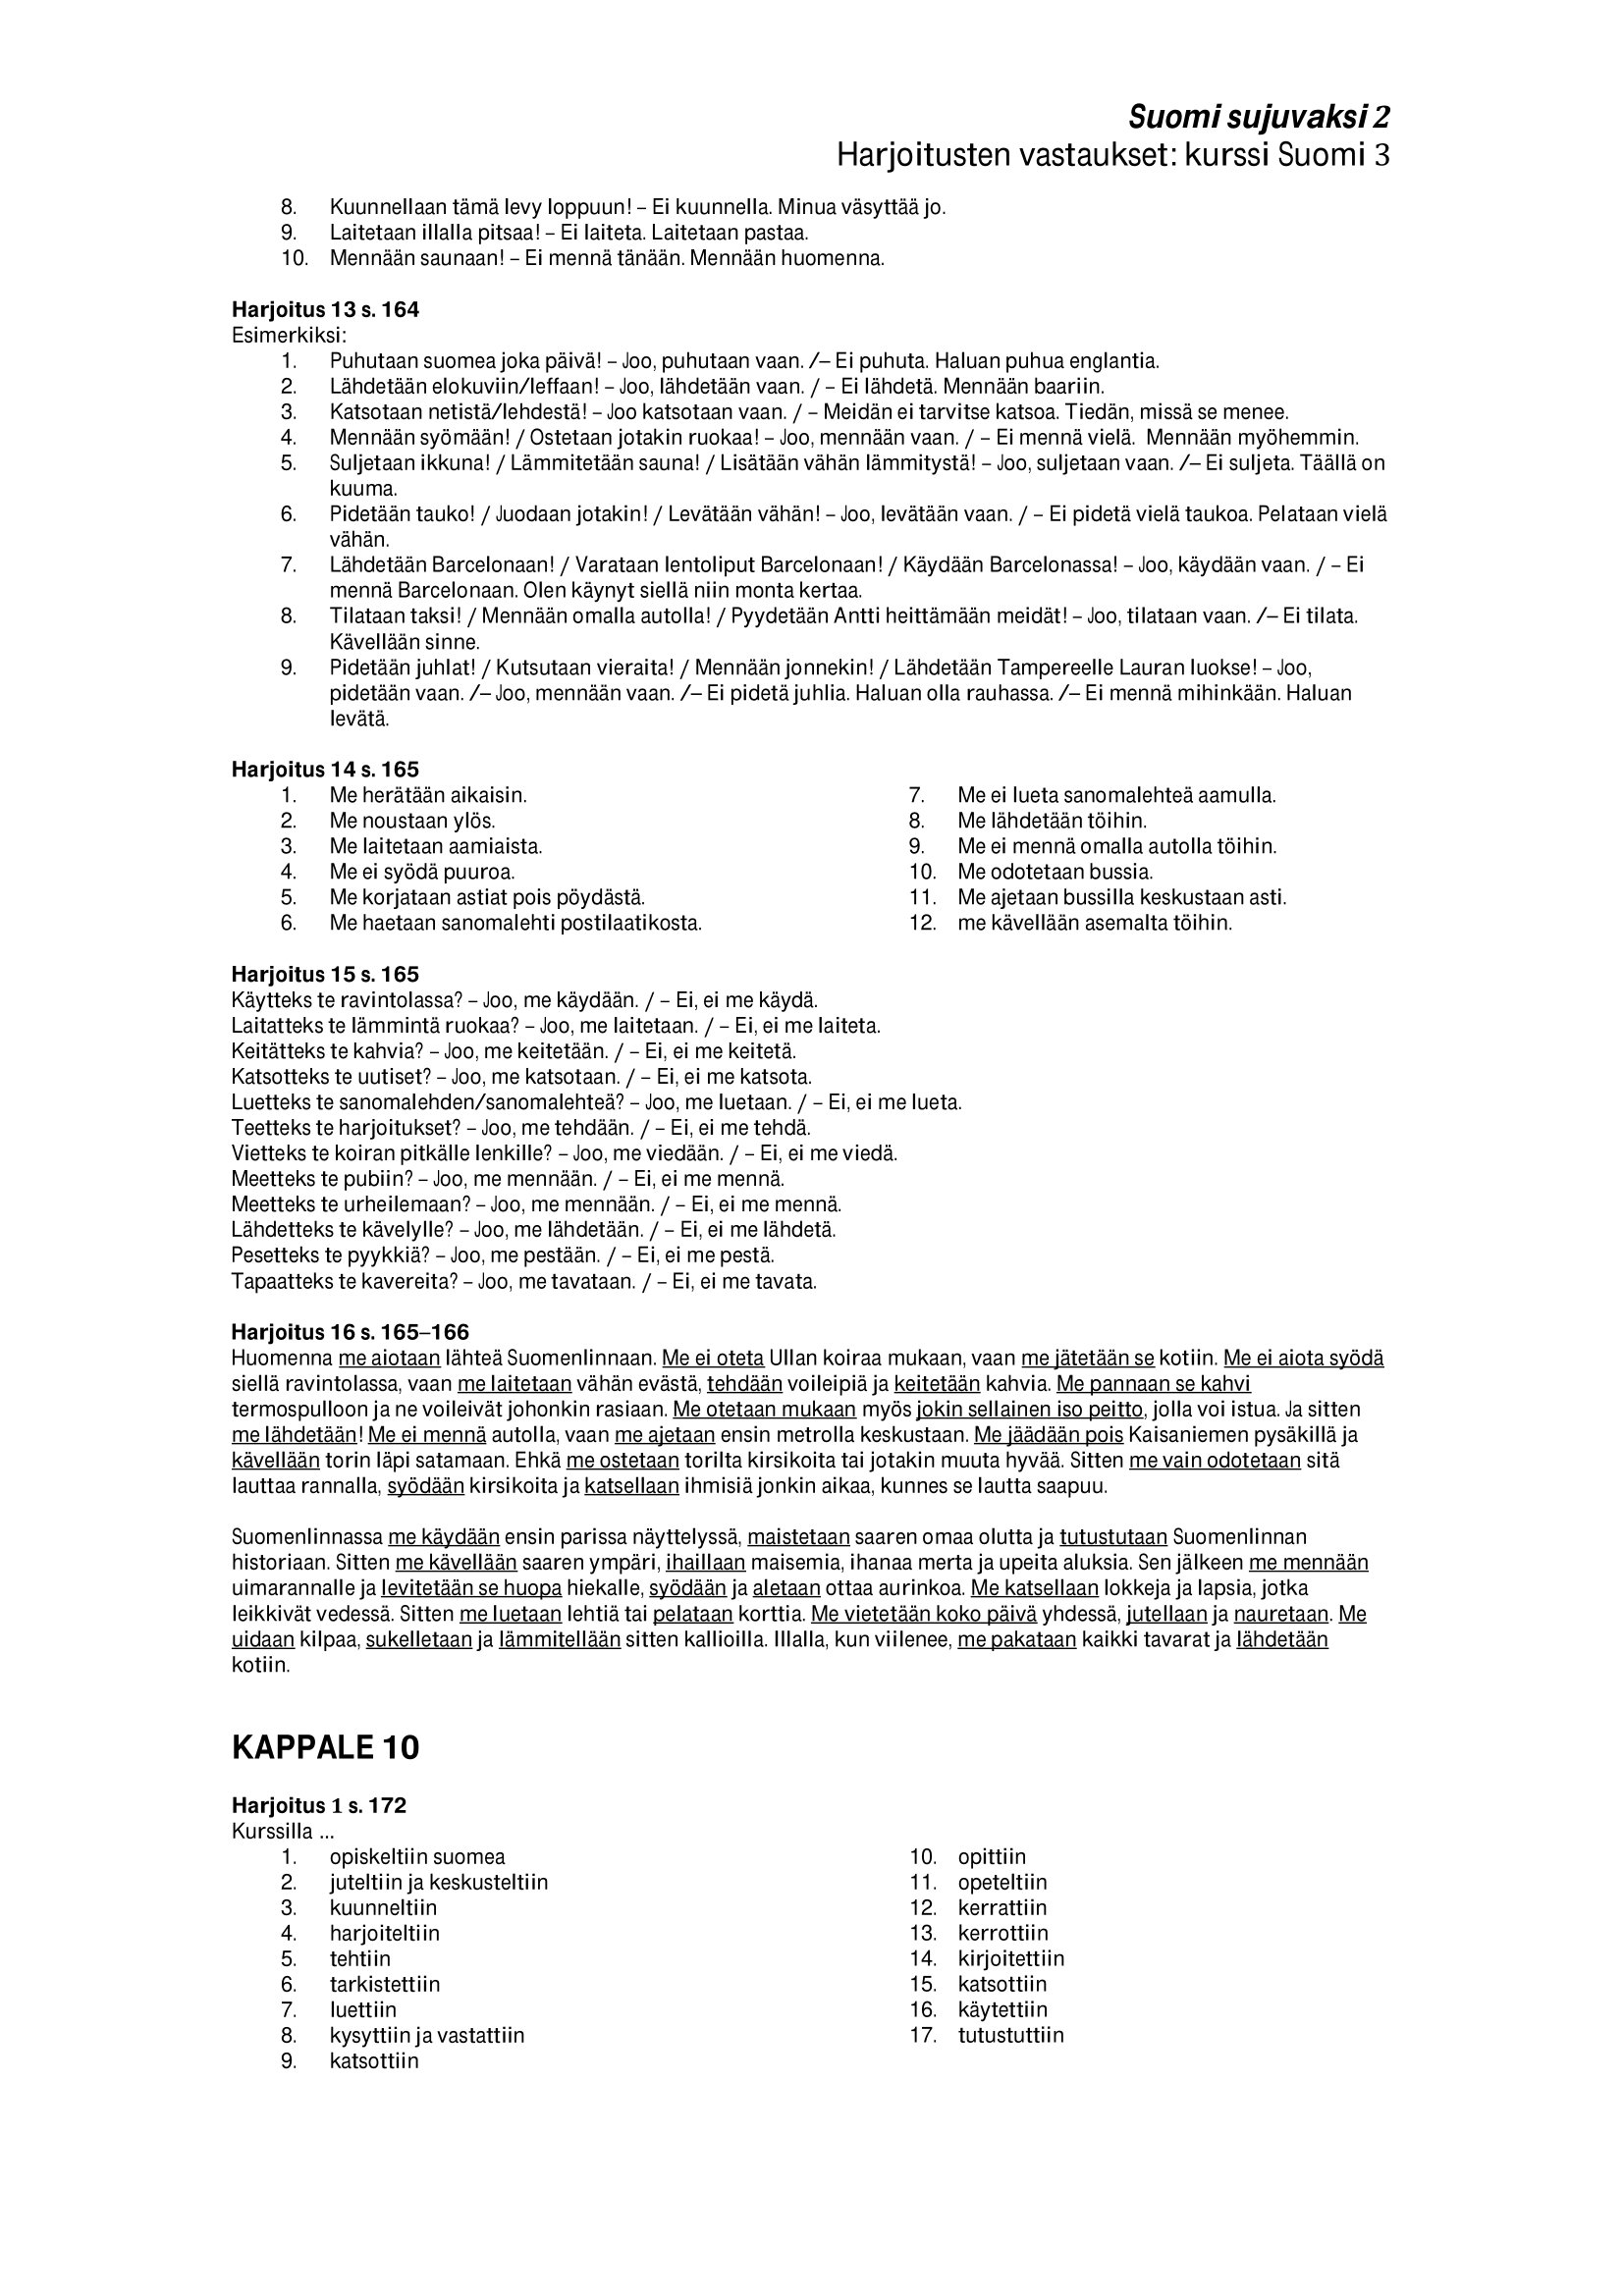
Language: fn